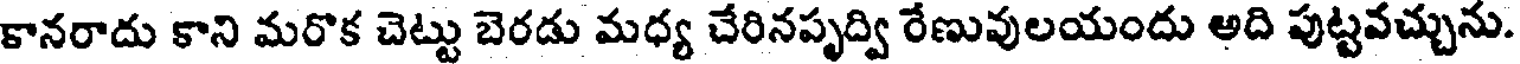
కానరాదు కాని మరొక చెట్టు బెరడు మధ్య చేరినపృద్వి రేణువులయందు అది పుట్టవచ్చును.